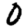
Digit: 0